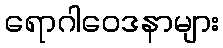
ရောဂါဝေဒနာများ